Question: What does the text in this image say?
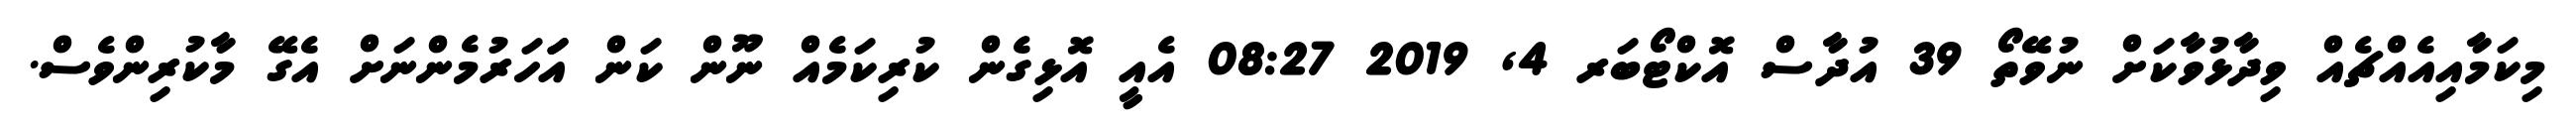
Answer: މިކަމާއިއެއްޗެއް ވިދާޅުވާކަށް ނުވޭތޯ 39 އުދާސް އޮކްޓޯބަރ 4, 2019 08:27 އެއީ އޮޅިގެން ކުރިކަމެއް ނޫން ކަން އަަހަރުމެންނަށް އެގޭ މާކުރިންވެސް.